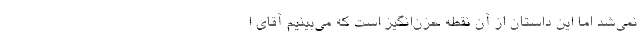
نمی‌شد اما این داستان از آن نقطه حزن‌انگیز است که می‌بینیم آقای ا